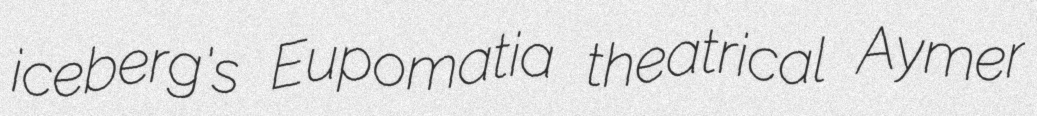
iceberg's Eupomatia theatrical Aymer